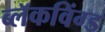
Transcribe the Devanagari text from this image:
ब्लॅकविंग्ड